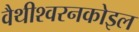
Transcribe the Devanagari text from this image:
वैथीश्वरनकोइल